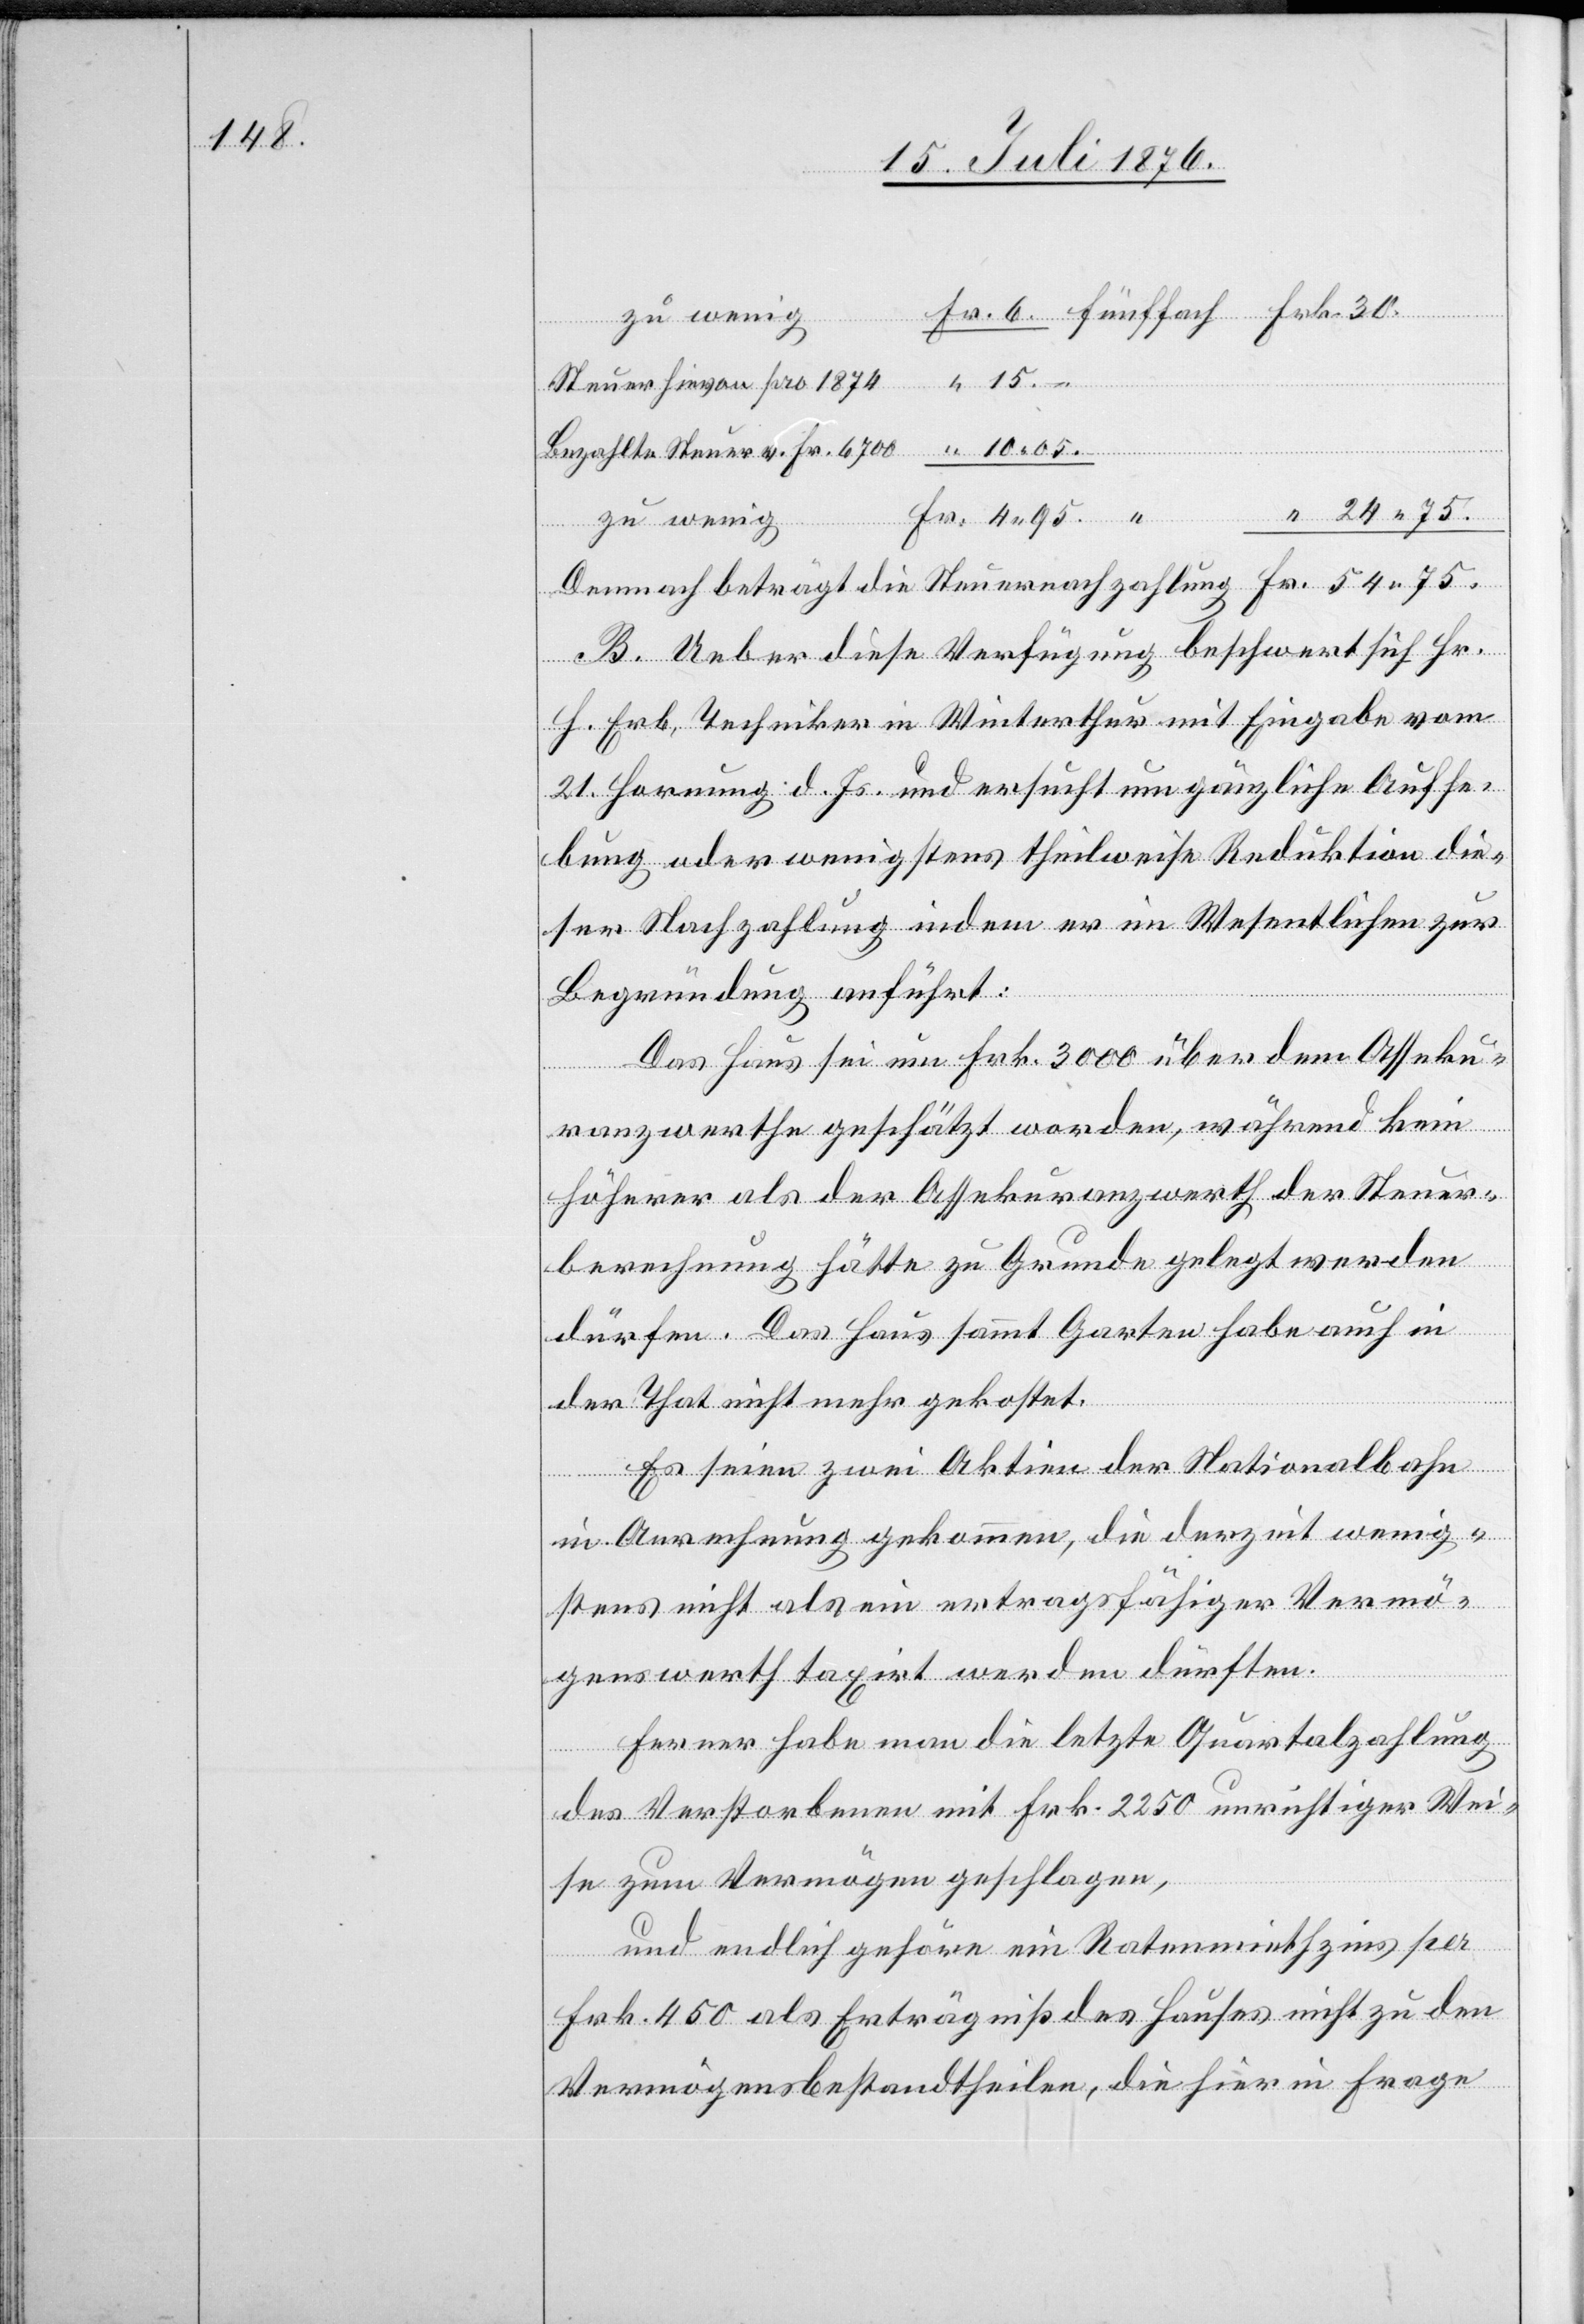
“
Steuer hievon pro 1874
Bezahlte Steuer v. Fr. 6700
24 75.
zu wenig
Demnach beträgt die Steuernachzahlung Fr. 54 75.
B. Ueber diese Verfügung beschwert sich Hr.
H. Erb, Techniker in Winterthur mit Eingabe vom
21. Hornung d. Js. und ersucht um gänzliche Aufhe¬
bung oder wenigstens theilweise Reduktion die¬
ser Nachzahlung indem er im Wesentlichen zur
Begründung anführt:
Das Haus sei um Frk. 3000 über dem Asseku¬
ranzwerthe geschätzt worden, während kein
höherer als der Assekuranzwerth der Steuer¬
berechnung hätte zu Grunde gelegt werden
dürfen. Das Haus sammt Garten habe auch in
der That nicht mehr gekostet.
Es seien zwei Aktien der Nationalbahn
in Anrechnung gekommen, die derzeit wenig¬
stens nicht als ein ertragsfähiger Vermö¬
genswerth taxirt werden dürften.
Ferner habe man die letzte Quartalzahlung
des Verstorbenen mit Frk. 2250 unrichtiger Wei¬
se zum Vermögen geschlagen,
und endlich gehöre ein Ratenrichtzins per
Frk. 450 als Erträgniß des Hauses nicht zu den
Vermögensbestandtheilen, die hier in Frage